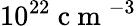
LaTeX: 10^{22}\mathrm{~c~m~}^{-3}